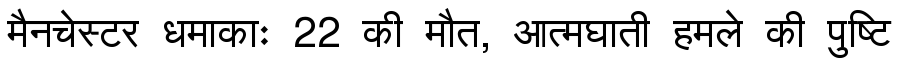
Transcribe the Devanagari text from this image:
मैनचेस्टर धमाकाः 22 की मौत, आत्मघाती हमले की पुष्टि